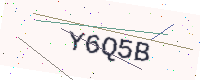
Text: Y6Q5B